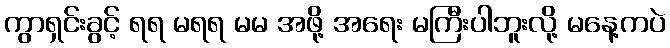
ကွာရှင်းခွင့် ရရ မရရ မမ အဖို့ အရေး မကြီးပါဘူးလို့ မနေ့ကပဲ